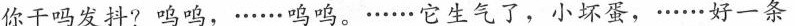
你干吗发抖?鸣鸣，......呜鸣。......它生气了，小坏蛋，......好一条